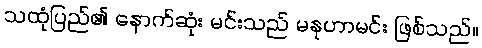
သထုံပြည်၏ နောက်ဆုံး မင်းသည် မနုဟာမင်း ဖြစ်သည်။